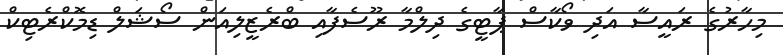
މިހާރުގެ ރައީސާ އަދި ވޯކާސް ޕާޓީގެ ދިލްމާ ރޫސެފާއި ބްރެޒީލިއަން ސޯޝަލް ޑިމޮކްރެޓިކް